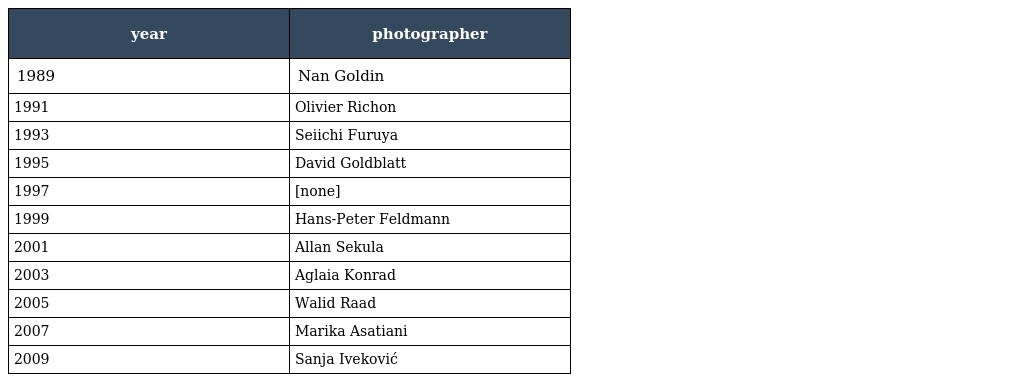
| year | photographer |
 | --- | --- |
 | 1989 | Nan Goldin |
 | 1991 | Olivier Richon |
 | 1993 | Seiichi Furuya |
 | 1995 | David Goldblatt |
 | 1997 | [none] |
 | 1999 | Hans-Peter Feldmann |
 | 2001 | Allan Sekula |
 | 2003 | Aglaia Konrad |
 | 2005 | Walid Raad |
 | 2007 | Marika Asatiani |
 | 2009 | Sanja Iveković |